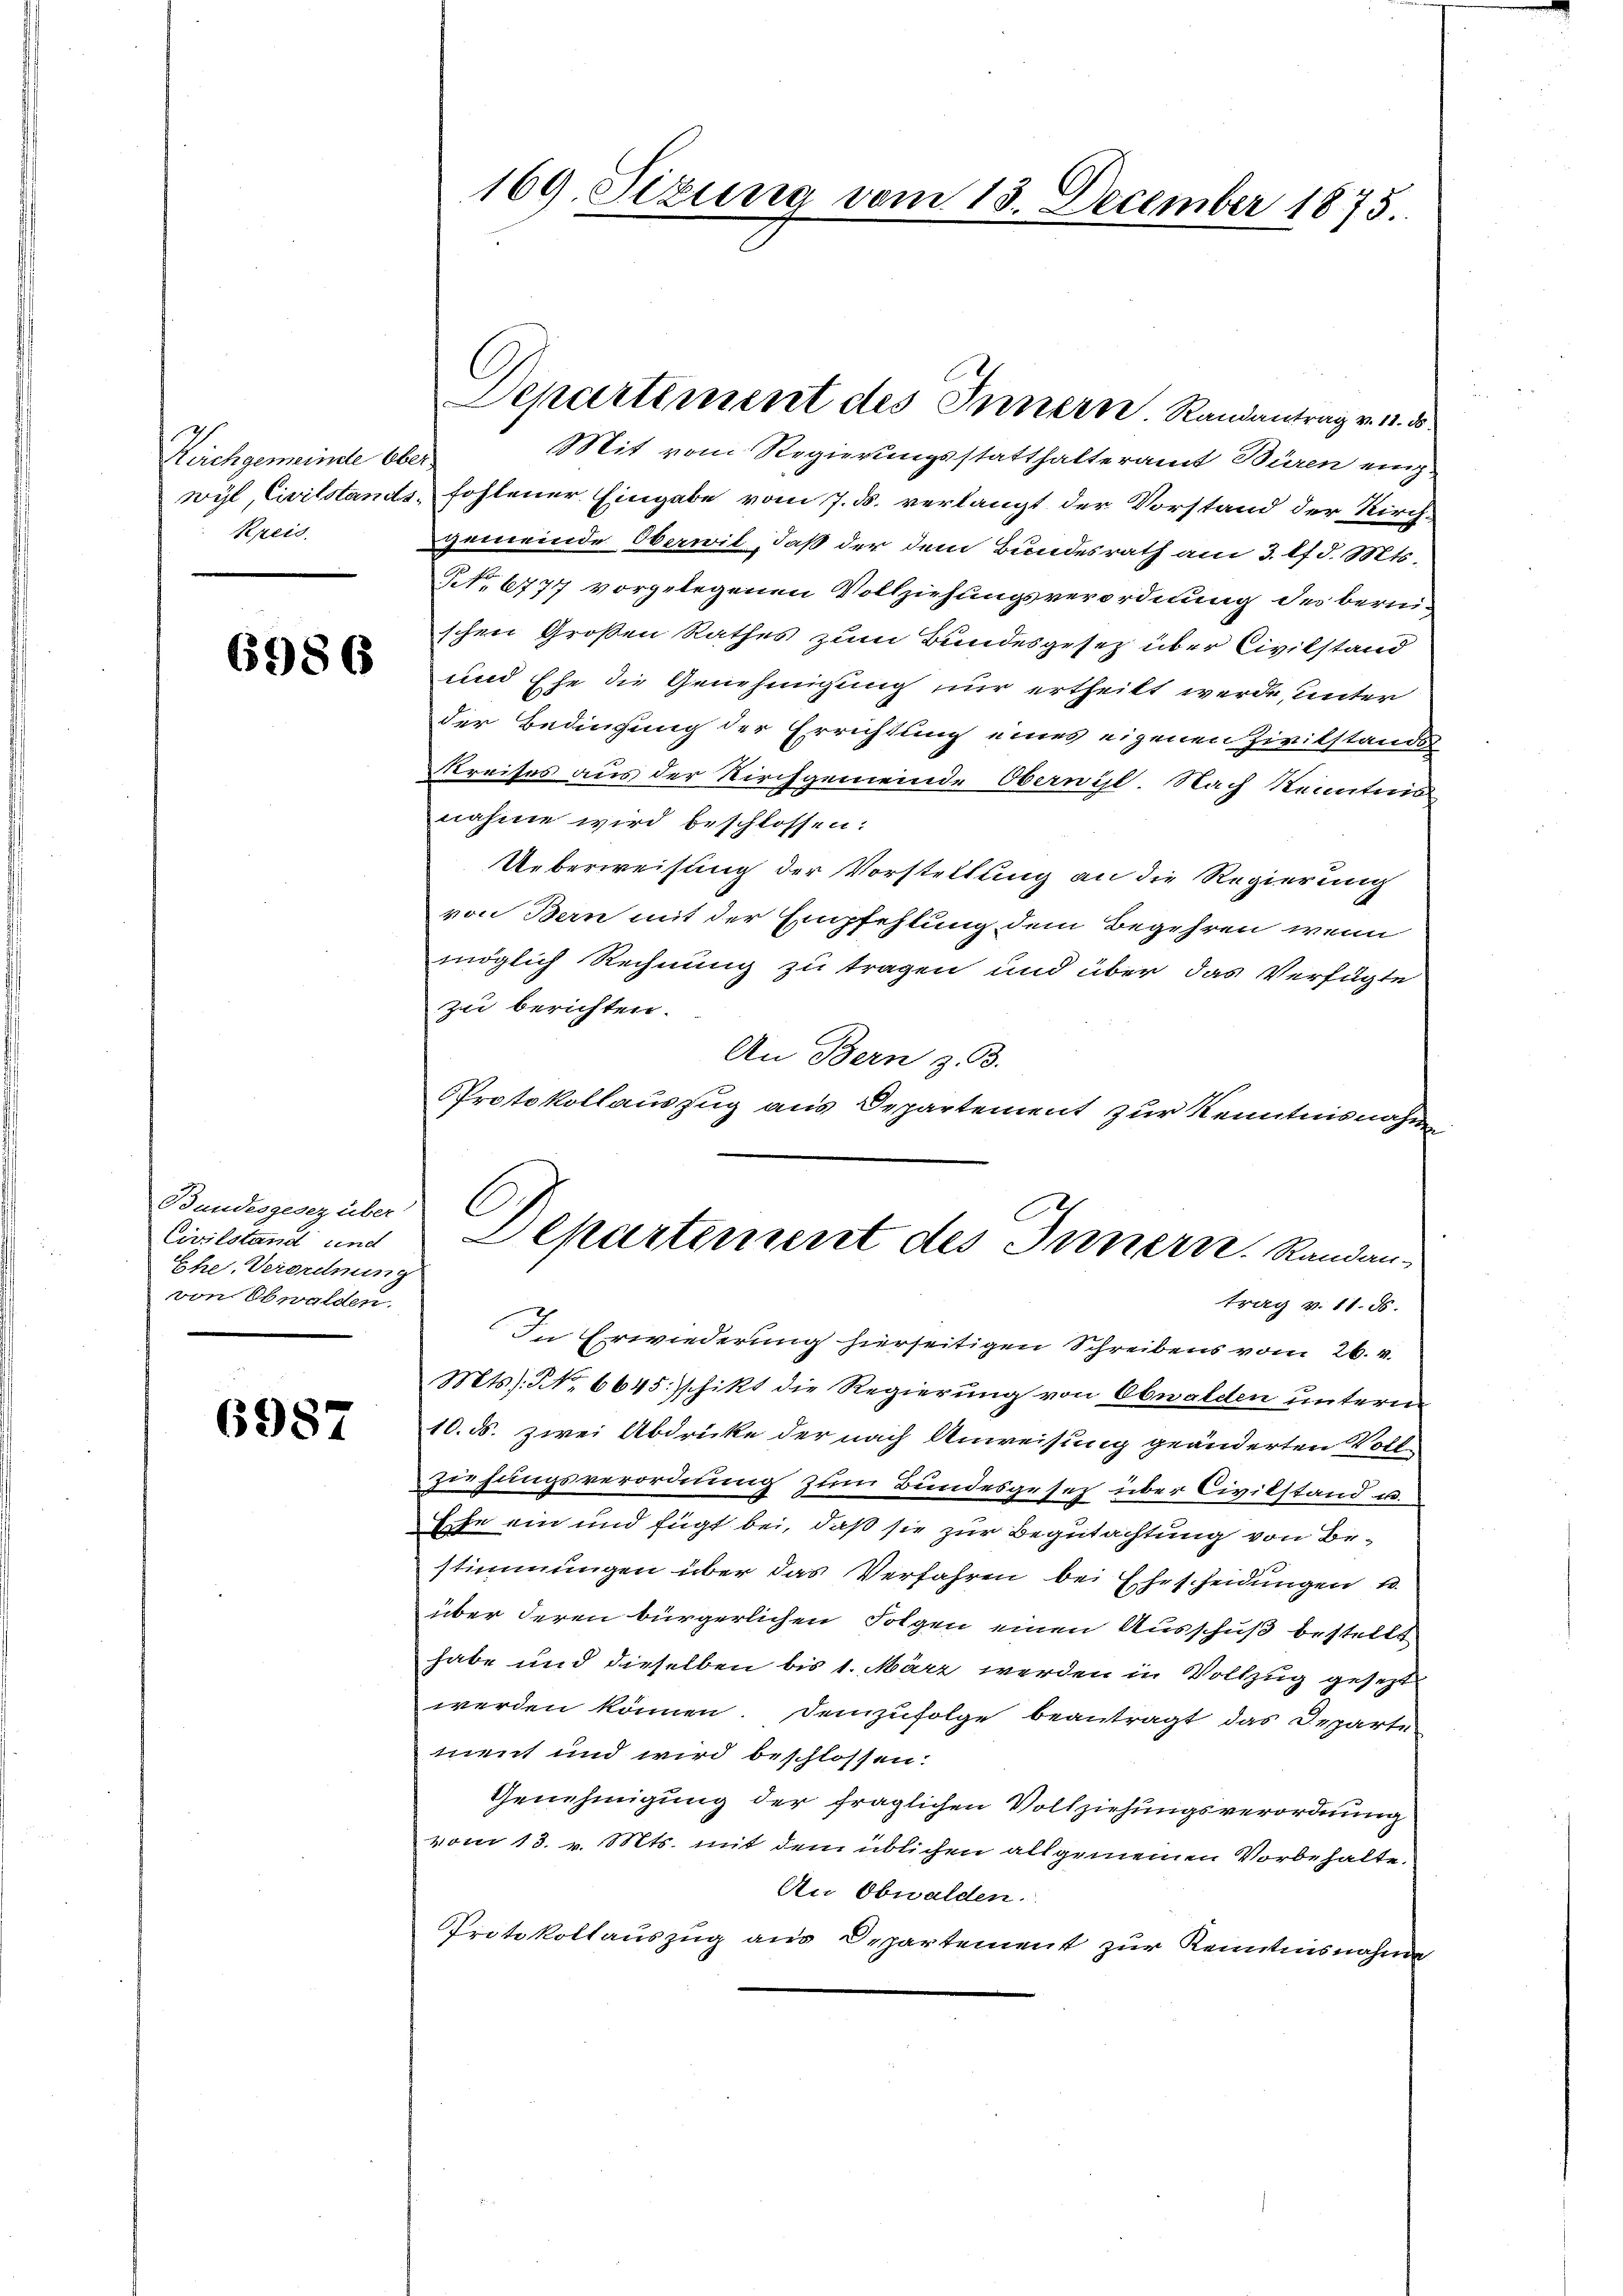
Weichgemeinde Ober
Kreis

6986

Bandesgesez über
Civilstand und
Ehe, Verordnung
von Obwalden.
n

6987

169. Sizung vom 13. December 1875.

Mit vom Regierungsstatthalteramt Büren einze
wyl, Civilstands, fohlener Eingabe vom 7. d. verlangt der Vorstand der Kirch-
gemeinde Oberwit, daß der dem Bundesrath am 3. lf d. Mts.
No. 6777 vorgelegenen Vollziehungsverordnung des bernischen Großen Rathes zum Bundesgesetz über Civilstand
und Ehe die Genehmigung nur ertheilt werde, unter
der Bedingung der Errichtung eines eigenen Zivilstands
Kreises aus der Kirchgemeinde Oberwil. Nach Kenntnis
nahme wird beschlossen:
Ueberweisung der Vorstellung an die Regierung
von Bern mit der Empfehlung dem Begehren, wenn
möglich Rechnung zu tragen und über das Verfügte
zu berichten.
An Bern z. B.
Protokollauszug aus Departement zur Kenntnisnahme
C
Departement des Innern. Randantrag v. 11. ds.
In Erwiederung hierseitigen Schreibens vom 26. v.
Mts. No. 6645. schikt die Regierung von Obwalden unterm
10. ds. zwei Abdrücke der nach Anweisung geänderten Voll-
Ziehungsverordnung zum Bundesgesetz über Civilstand u.
Erste ein und fügt bei, daß sie zur Begutachtung von Bestimmungen über das Verfahren bei Ehescheidungen u
über deren bürgerlichen Folgen einen Ausschuß bestellt
habe und dieselben bis 1. März werden in Vollzug gesetzt
werden können. Demzufolge beantragt das Departe
ment und wird beschlossen:
Genehmigung der fraglichen Vollziehungsverordnung
vom 13. v. Mts. mit dem üblichen allgemeinen Vorbehalte.
An Obwalden.
Protokollauszug aus Departement zur Kenntnisnahme

Departement des Innern. Randantrag v. 11. ds